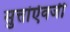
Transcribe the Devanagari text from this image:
सुत्तांऐवजी